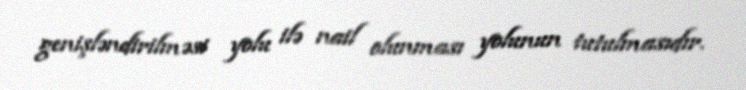
genişləndirilməsi yolu ilə nail olunması yolunun tutulmasıdır.